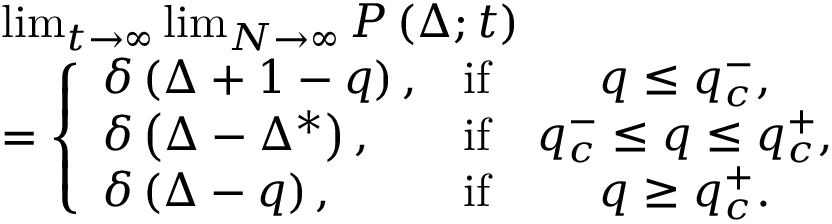
\begin{array} { r l } & { \operatorname* { l i m } _ { t \to \infty } \operatorname* { l i m } _ { N \to \infty } P \left( \Delta ; t \right) } \\ & { = \left\{ \begin{array} { l c c } { \delta \left( \Delta + 1 - q \right) , } & { \mathrm { i f } } & { q \leq q _ { c } ^ { - } , } \\ { \delta \left( \Delta - \Delta ^ { * } \right) , } & { \mathrm { i f } } & { q _ { c } ^ { - } \leq q \leq q _ { c } ^ { + } , } \\ { \delta \left( \Delta - q \right) , } & { \mathrm { i f } } & { q \geq q _ { c } ^ { + } . } \end{array} \right. } \end{array}